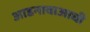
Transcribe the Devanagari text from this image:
आडनावाआधी